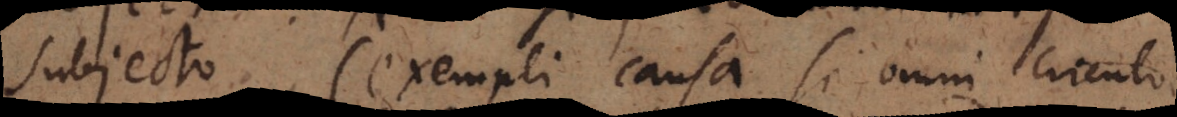
subjecto (exempli causa si omni circulo